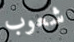
شعوب